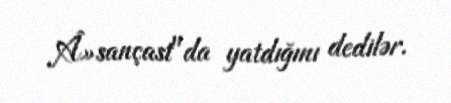
Â»sançast"da yatdığını dedilər.